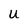
Character: U